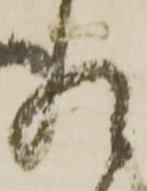
れ